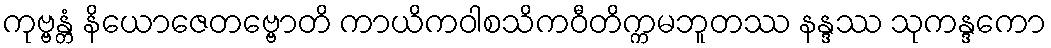
ကုဗ္ဗန္တံ နိယောဇေတဗ္ဗောတိ ကာယိကဝါစသိကဝီတိက္ကမဘူတဿ နန္ဒဿ သုကန္ဒကော